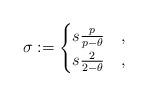
LaTeX: \begin{align*}\sigma:=\begin{cases}s\frac{p}{p-\theta}&,\\s\frac{2}{2-\theta}&,\end{cases}\end{align*}